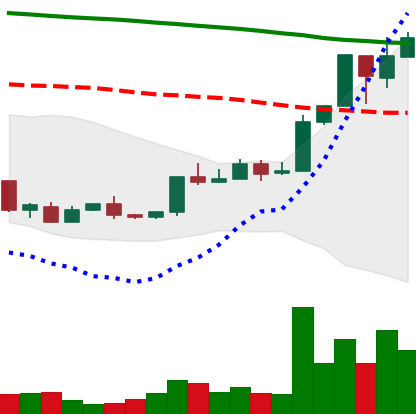
Ticker: XMR-USD
Chart end date: 2018-04-23
Forward return: -7.693%
Label: down_7plus